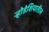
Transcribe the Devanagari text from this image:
र्‍होडेशियातील